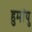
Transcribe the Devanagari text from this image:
हुमांयु